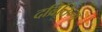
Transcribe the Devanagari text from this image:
दव्रितिन्ग